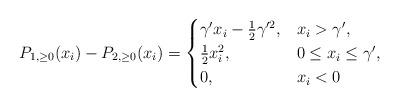
LaTeX: \begin{align*}P_{1,\ge0}(x_i)-P_{2,\ge0}(x_i)=\begin{cases}\gamma'x_i-\frac{1}{2}\gamma'^2, & x_i>\gamma',\\\frac{1}{2}x_i^2, & 0\le x_i\le\gamma',\\0, & x_i<0\end{cases}\end{align*}